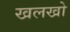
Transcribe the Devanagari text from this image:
खलखो